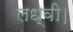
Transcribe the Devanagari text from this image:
लध्वी।